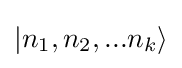
|n_{1},n_{2},...n_{k}\rangle